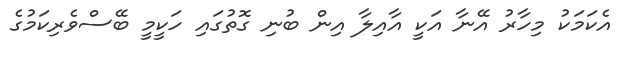
އެކަމަކު މިހާރު އޭނާ އަކީ އާއިލާ އިން ބުނި ގޮތުގައި ހަކީމީ ބޭސްވެރިކަމުގެ